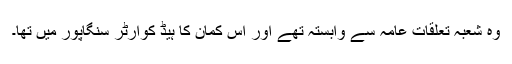
وہ شعبہ تعلقات عامہ سے وابستہ تھے اور اس کمان کا ہیڈ کوارٹر سنگاپور میں تھا۔